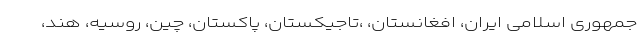
جمهوری اسلامی ایران، افغانستان، ،تاجیکستان، پاکستان، چین، روسیه، هند،